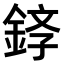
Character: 𫒤